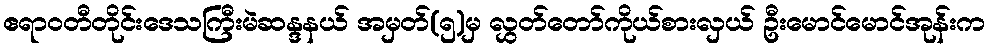
ဧရာဝတီတိုင်းဒေသကြီးမဲဆန္ဒနယ် အမှတ်(၅)မှ လွှတ်တော်ကိုယ်စားလှယ် ဦးမောင်မောင်အုန်းက